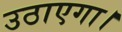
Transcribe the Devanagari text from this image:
उठाएगा।